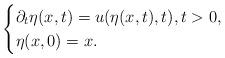
LaTeX: \begin{align*}\begin{cases}\partial_t\eta(x,t)=u(\eta(x,t),t),t>0,\\ \eta(x,0)=x.\end{cases}\end{align*}